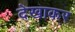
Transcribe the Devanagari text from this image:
देखाकर